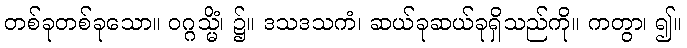
တစ်ခုတစ်ခုသော။ ဝဂ္ဂသ္မိံ၊ ၌။ ဒသဒသကံ၊ ဆယ်ခုဆယ်ခုရှိသည်ကို။ ကတွာ၊ ၍။